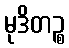
မုဒိတဉ္စ